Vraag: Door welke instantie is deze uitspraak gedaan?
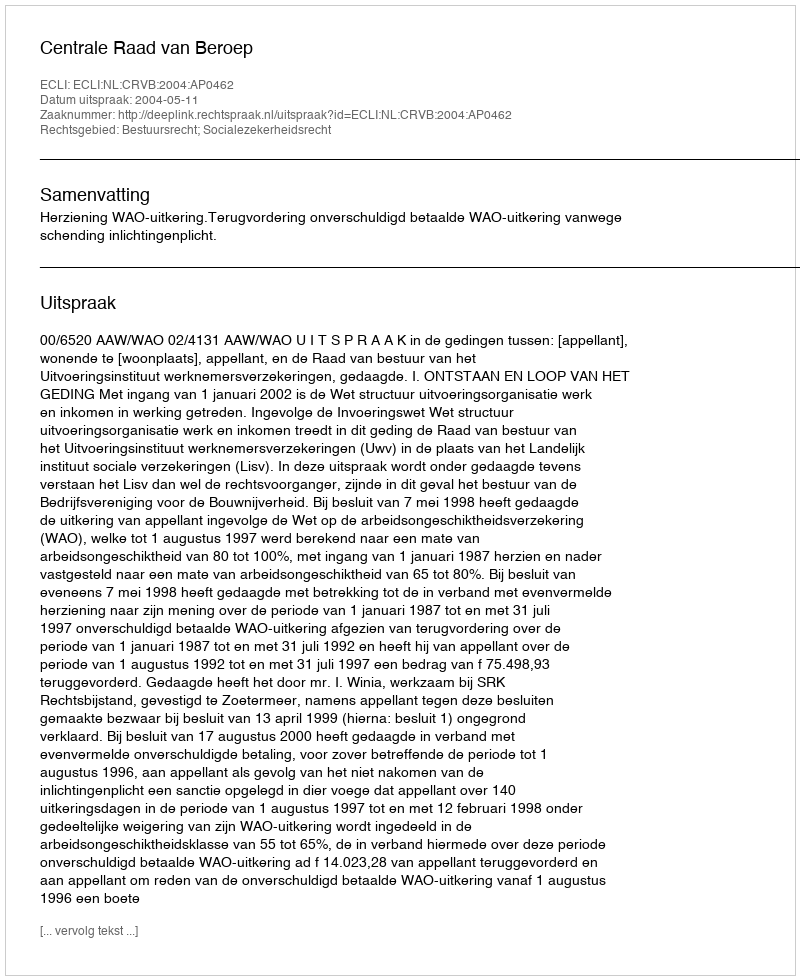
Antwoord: Centrale Raad van Beroep